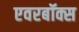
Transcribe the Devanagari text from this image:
एवरबॉक्स